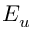
E _ { u }